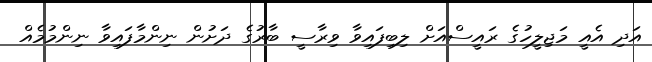
އަދި އެއީ މަޖިލީހުގެ ރައީސްއަށް ލިބިފައިވާ ވިރާސީ ބާރުގެ ދަށުން ނިންމާފައިވާ ނިންމުމެއް